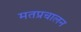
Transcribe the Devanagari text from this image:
मतप्रचालन